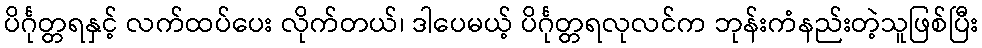
ပိင်္ဂုတ္တရနှင့် လက်ထပ်ပေး လိုက်တယ်၊ ဒါပေမယ့် ပိင်္ဂုတ္တရလုလင်က ဘုန်းကံနည်းတဲ့သူဖြစ်ပြီး